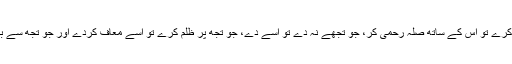
خود آپ کا ارشاد ہے:”جو تجھ سے قطع رحمی کرے تو اس کے ساتھ صلہ رحمی کر، جو تجھے نہ دے تو اسے دے، جو تجھ پر ظلم کرے تو اسے معاف کردے اور جو تجھ سے برا سلوک کرے تو اس کے ساتھ اچھا سلوک کر۔